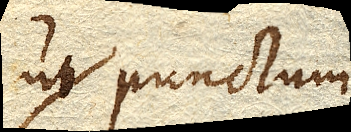
punctum